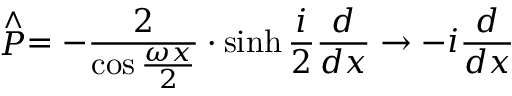
\stackrel { \wedge } { P } = - \frac { 2 } { \cos \frac { \omega x } { 2 } } \cdot \sinh \frac { i } { 2 } \frac { d } { d x } \rightarrow - i \frac { d } { d x }